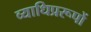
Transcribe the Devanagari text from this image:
व्याधिप्ररूपों